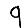
Digit: 9